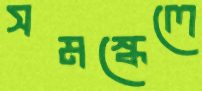
সমস্কেলে